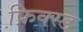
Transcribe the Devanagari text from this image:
फ़ि़क्स्ड